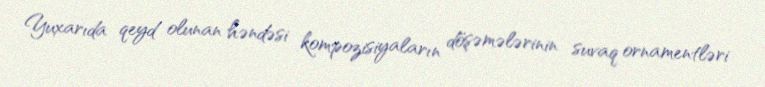
Yuxarıda qeyd olunan həndəsi kompozisiyaların döşəmələrinin suvaq ornamentləri